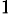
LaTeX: ^{1\! }